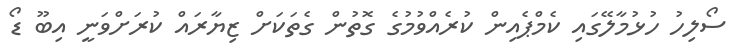
ސޯލިހު ހުޅުމާލޭގައި ކެމްޕެއިން ކުރެއްވުމުގެ ގޮތުން ގެތަކަށް ޒިޔާރައް ކުރަށްވަނީ އިބޫ ޑޯ